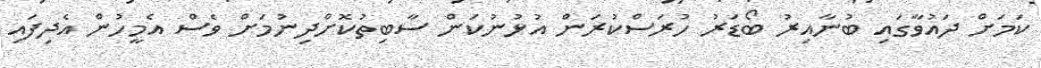
ކަމަށް ދައުވާގައި ބުނާއިރު ބޯޑަރު ހުރަސްކުރަން އުޅުނުކަން ސާބިތުކޮށްދިނުމަށް ވެސް އެމީހުން އެދިފައި